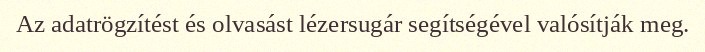
Az adatrögzítést és olvasást lézersugár segítségével valósítják meg.